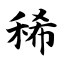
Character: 稀